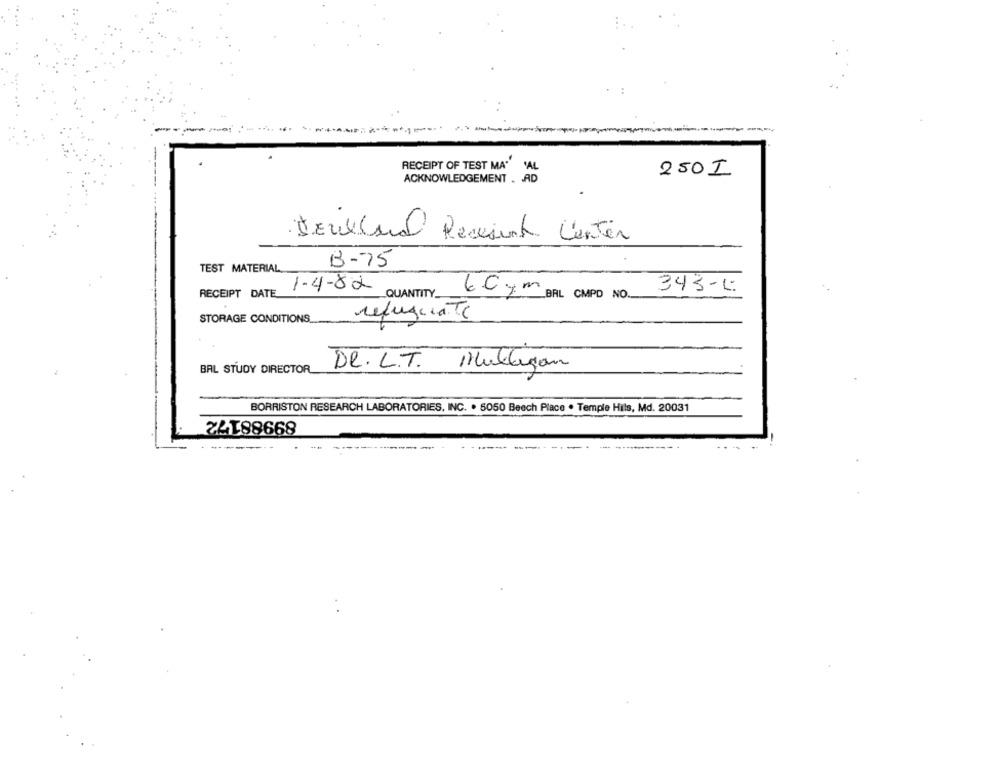
RECEIPT OF TEST MA"
VAL
ACKNOWLEDGEMENT . A
250I
DEulland Ressent Center
B-75
TEST MATERIAL ..
1-4-82
RECEIPT DATE
6.Cym BAL CMPD NO. 343-1
QUANTITY
STORAGE CONDITIONS
refugiaTe
DR. L.T. Mulligan
BAL STUDY DIRECTOR
BORRISTON RESEARCH LABORATORIES, INC. . 5050 Beech Place . Temple Hills, Md. 20031
24188668